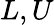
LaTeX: L,U